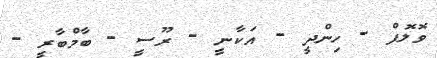
ވޮލޮފް - ހިންދީ - އަކާނީ - ރޫސީ - ބާމްބާރީ -